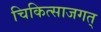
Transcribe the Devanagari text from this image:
चिकित्साजगत्